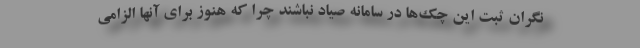
نگران ثبت این چک‌ها در سامانه صیاد نباشند چرا که هنوز برای آنها الزامی